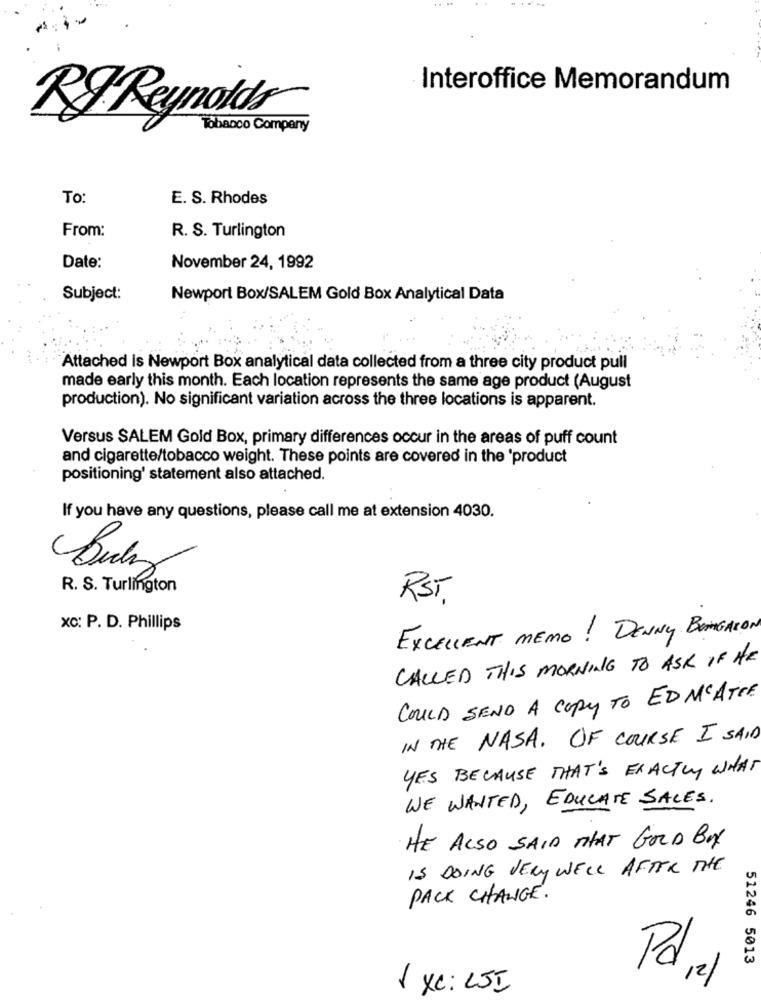
.-
Interoffice Memorandum
RI Reynolds
Tobacco Company
To:
E. S. Rhodes
From:
R. S. Turlington
Date:
November 24, 1992
Subject:
Newport Box/SALEM Gold Box Analytical Data
Attached is Newport Box analytical data collected from a three city product pull
made early this month. Each location represents the same age product (August
production). No significant variation across the three locations is apparent.
Versus SALEM Gold Box, primary differences occur in the areas of puff count
and cigarette/tobacco weight. These points are covered in the 'product
positioning' statement also attached.
If you have any questions, please call me at extension 4030.
R. S. Turlington
RST
xc: P. D. Phillips
EXCELLENT MEMO ! DENNY BONGACION
CALLED THIS MORNING TO ASK IF AR
COULD SEND A Copy TO ED MATCE
IN THE NASA. OF COURSE I SAID
YES BECAUSE THAT'S EXACTLY WHAT
WE WANTED, EDUCATE SALES.
HE ALSO SAID THAT GOLD BY
IS DOING VERY WELL AFTER THE
PACK CHANGE.
51246 5013
Pd,12)
1 xc: LJI